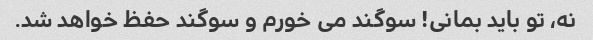
نه، تو باید بمانی! سوگند می خورم و سوگند حفظ خواهد شد.